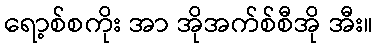
ရော့စ်စကိုး အာ အိုအက်စ်စီအို အီး။